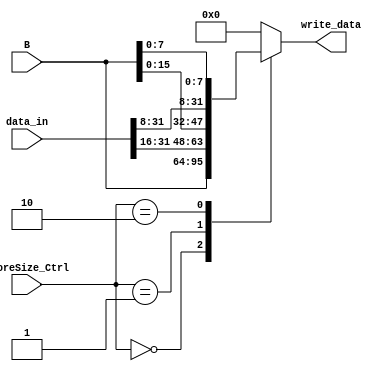
module StoreSize(
    
    input  wire [1:0]  StoreSize_Ctrl,
    input  wire [31:0] data_in,
    input  wire [31:0] B,
    output reg [31:0] write_data

);

    always @(*) begin
        case(StoreSize_Ctrl)
            2'b00: write_data = B; // sw
            2'b01: write_data = {data_in[31:16], B[15:0]}; // sh
            2'b10: write_data = {data_in[31:8], B[7:0]}; // sb
            default: write_data = 32'd0; // Valor padro para casos no especificados
        endcase
    end

endmodule